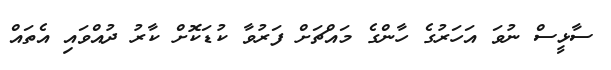
ސާޅީސް ނުވަ އަހަރުގެ ހާންގެ މައްޗަށް ފަރުވާ ކުޑަކޮށް ކާރު ދުއްވައި އެތައް